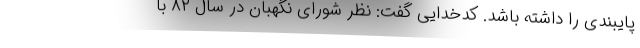
پایبندی را داشته باشد. کدخدایی گفت: نظر شورای نگهبان در سال ۸۲ با